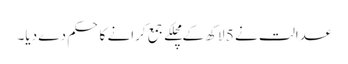
عدالت نے 5 لاکھ کے مچلکے جمع کرانے کا حکم دے دیا۔